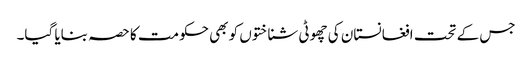
جس کے تحت افغانستان کی چھوٹی شناختوں کو بھی حکومت کا حصہ بنایا گیا۔